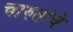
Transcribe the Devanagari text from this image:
चारुतांचे